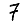
Digit: 7